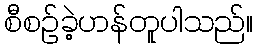
စီစဉ်ခဲ့ဟန်တူပါသည်။